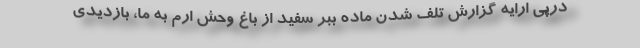
درپی ارایه گزارش تلف شدن ماده ببر سفید از باغ وحش ارم به ما، بازدیدی